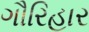
ગૌરિહાર